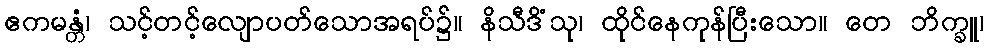
ဧကမန္တံ၊ သင့်တင့်လျောပတ်သောအရပ်၌။ နိသီဒိံသု၊ ထိုင်နေကုန်ပြီးသော။ တေ ဘိက္ခူ၊